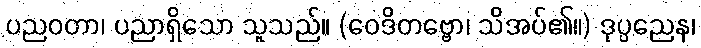
ပညဝတာ၊ ပညာရှိသော သူသည်။ (ဝေဒိတဗ္ဗော၊ သိအပ်၏။) ဒုပ္ပညေန၊